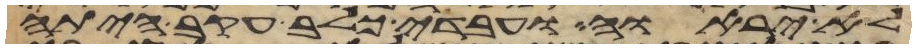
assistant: לא יראוה ועבדי כלב עקב היתה